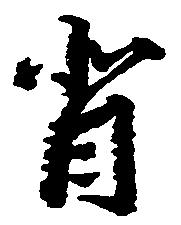
背